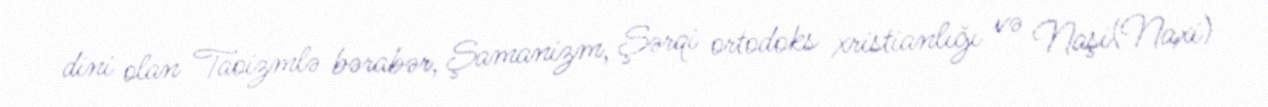
dini olan Taoizmlə bərabər, Şamanizm, Şərqi ortodoks xristianlığı və Naşi(Naxi)